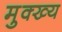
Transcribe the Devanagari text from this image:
मुक्ख्य